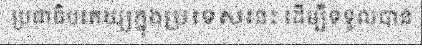
ប្រជាធិបតេយ្យក្នុងប្រទេសនេះ ដើម្បីទទួលបាន